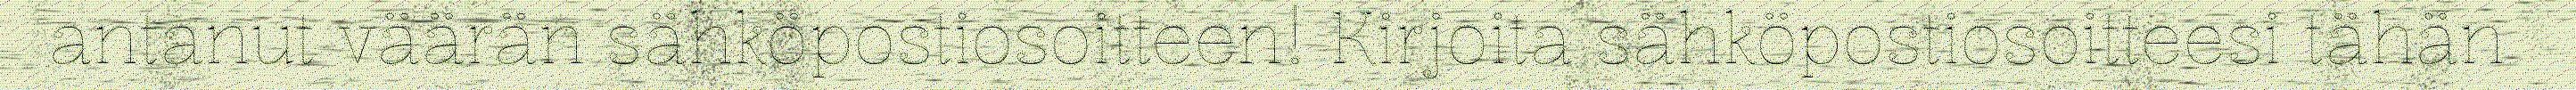
antanut väärän sähköpostiosoitteen! Kirjoita sähköpostiosoitteesi tähän